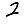
Digit: 2